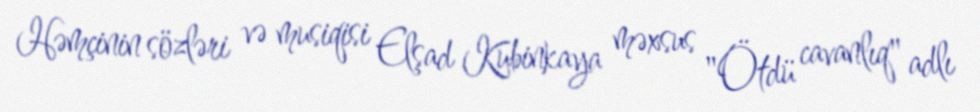
Həmçinin sözləri və musiqisi Elşad Kubinkaya məxsus "Ötdü cavanlıq" adlı